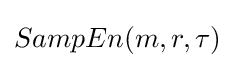
SampEn(m,r,\tau )